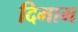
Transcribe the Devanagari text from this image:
दिमाम